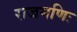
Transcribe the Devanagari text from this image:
राजमणिः